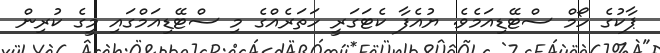
ޕާކުގެ ހޯމް ސްޓޭޑިއަމެވެ. ޔުއެފާ ކެޓަގަރީ ހަތަރެއްގެ މި ސްޓޭޑިއަމްގައި މީގެ ކުރިން